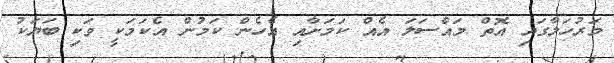
މަރުހަލާގައި އޮތް މައްސަލަ އެއް ކަމަށާއި އެހެން ކަމުން އެކަމަކީ ވަކި ބަޔަކު